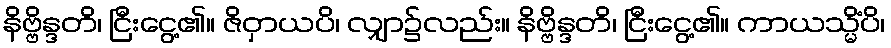
နိဗ္ဗိန္ဒတိ၊ ငြီးငွေ့၏။ ဇိဝှာယပိ၊ လျှာ၌လည်း။ နိဗ္ဗိန္ဒတိ၊ ငြီးငွေ့၏။ ကာယသ္မိံပိ၊